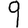
Digit: 9